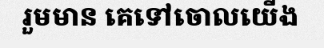
រួមមាន គេទៅចោលយើង